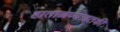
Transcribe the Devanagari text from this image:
हाताळण्याइतकी